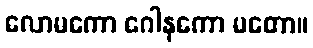
လောမကော ဂေါနကော မတော။